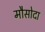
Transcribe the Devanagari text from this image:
मौसोदा